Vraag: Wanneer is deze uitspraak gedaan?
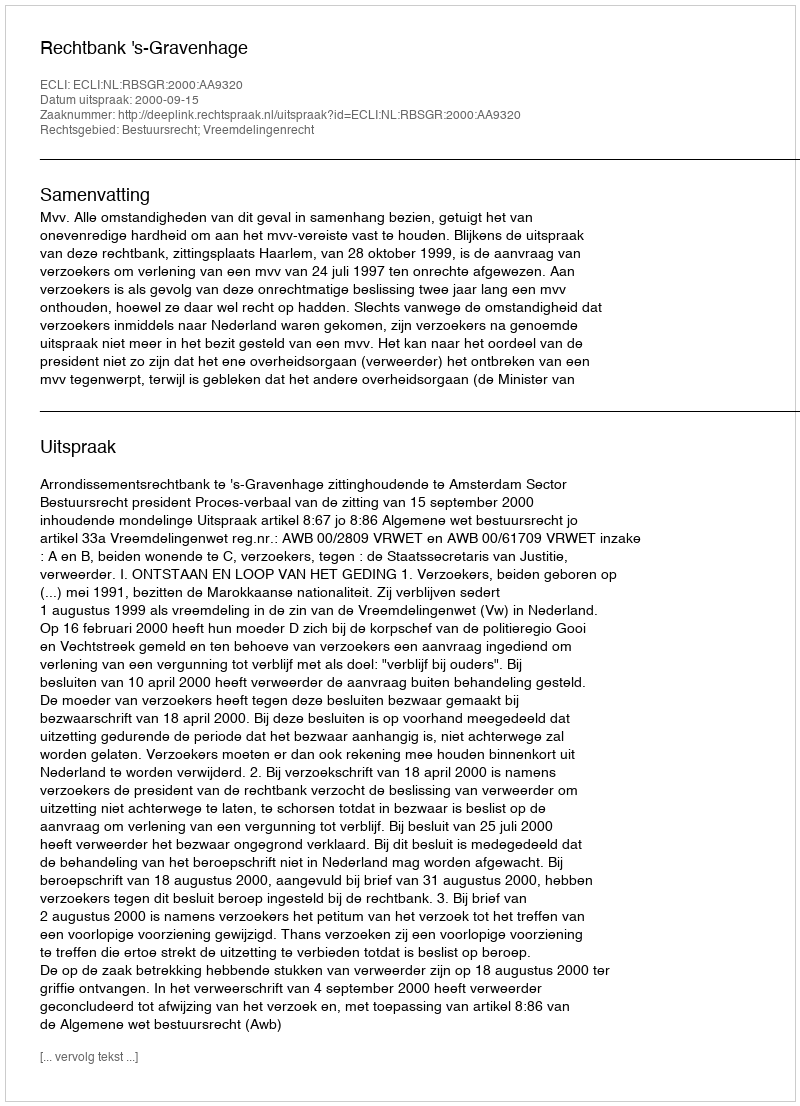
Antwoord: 2000-09-15